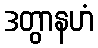
ဒတွာနဟံ